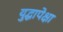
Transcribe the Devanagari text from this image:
युद्धापेक्षा